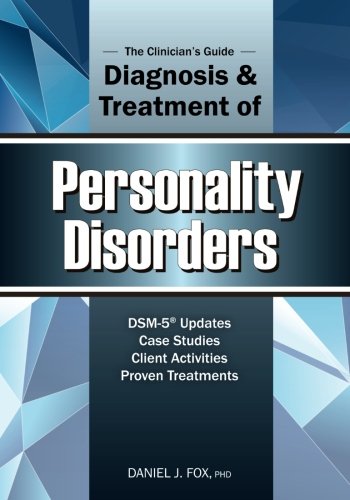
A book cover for The Clinician's Guide to the Diagnosis and Treatment of Personality Disorders; Daniel Fox PhD; Medical Books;